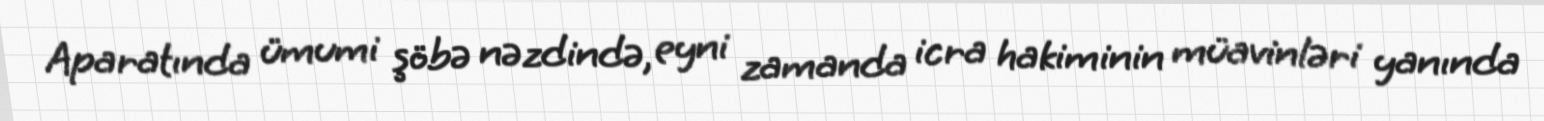
Aparatında ümumi şöbə nəzdində, eyni zamanda icra hakiminin müavinləri yanında